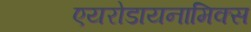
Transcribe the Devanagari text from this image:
एयरोडायनामिक्स